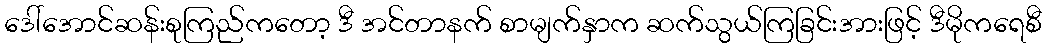
ဒေါ်အောင်ဆန်းစုကြည်ကတော့ ဒီ အင်တာနက် စာမျက်နှာက ဆက်သွယ်ကြခြင်းအားဖြင့် ဒီမိုကရေစီ